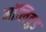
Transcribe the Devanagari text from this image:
मॉलिवुड